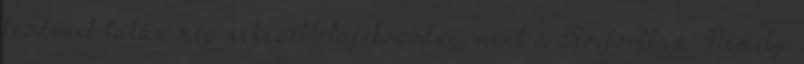
kezdőnek talán még nehezebb tájékozódni, mint a Roxfortban. Némely